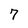
Character: 7